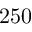
2 5 0